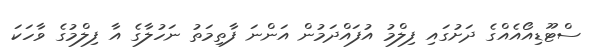
ސްޓޫޑިއޯއެއްގެ ދަށުގައި ފިލްމު އުފައްދަމުން އަންނަ ފާތިމަތު ނަހުލާގެ އާ ފިލްމުގެ ވާހަކަ